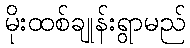
မိုးထစ်ချုန်းရွာမည်